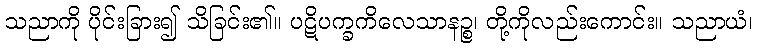
သညာကို ပိုင်းခြား၍ သိခြင်း၏။ ပဋိပက္ခကိလေသာနဉ္စ၊ တို့ကိုလည်းကောင်း။ သညာယံ၊